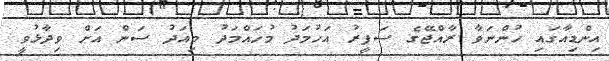
އިންޑިއާގައި ހުންނަވާ ރާއްޖޭގެ ސަފީރު އަހުމަދު މުހައްމަދު މިއަދު ސަން އަށް ވިދާޅުވީ